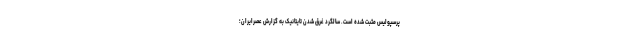
پرسپولیس مثبت شده است. سالگرد غرق شدن تایتانیک به گزارش عصرایران؛